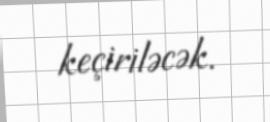
keçiriləcək.